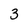
Character: 3